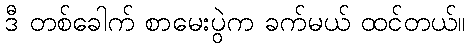
ဒီ တစ်ခေါက် စာမေးပွဲက ခက်မယ် ထင်တယ်။